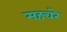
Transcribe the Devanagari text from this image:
सहचरे